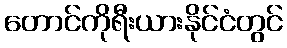
တောင်ကိုရီးယားနိုင်ငံတွင်